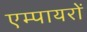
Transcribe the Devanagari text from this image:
एम्पायरों